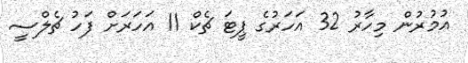
އުމުރުން މިހާރު 32 އަހަރުގެ ޕީޓަ ޗެކް 11 އަހަރަށް ފަހު ޗެލްސީ